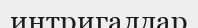
интригалдар